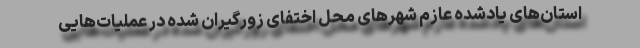
استان‌های یادشده عازم شهرهای محل اختفای زورگیران شده در عملیات‌هایی